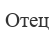
Отец